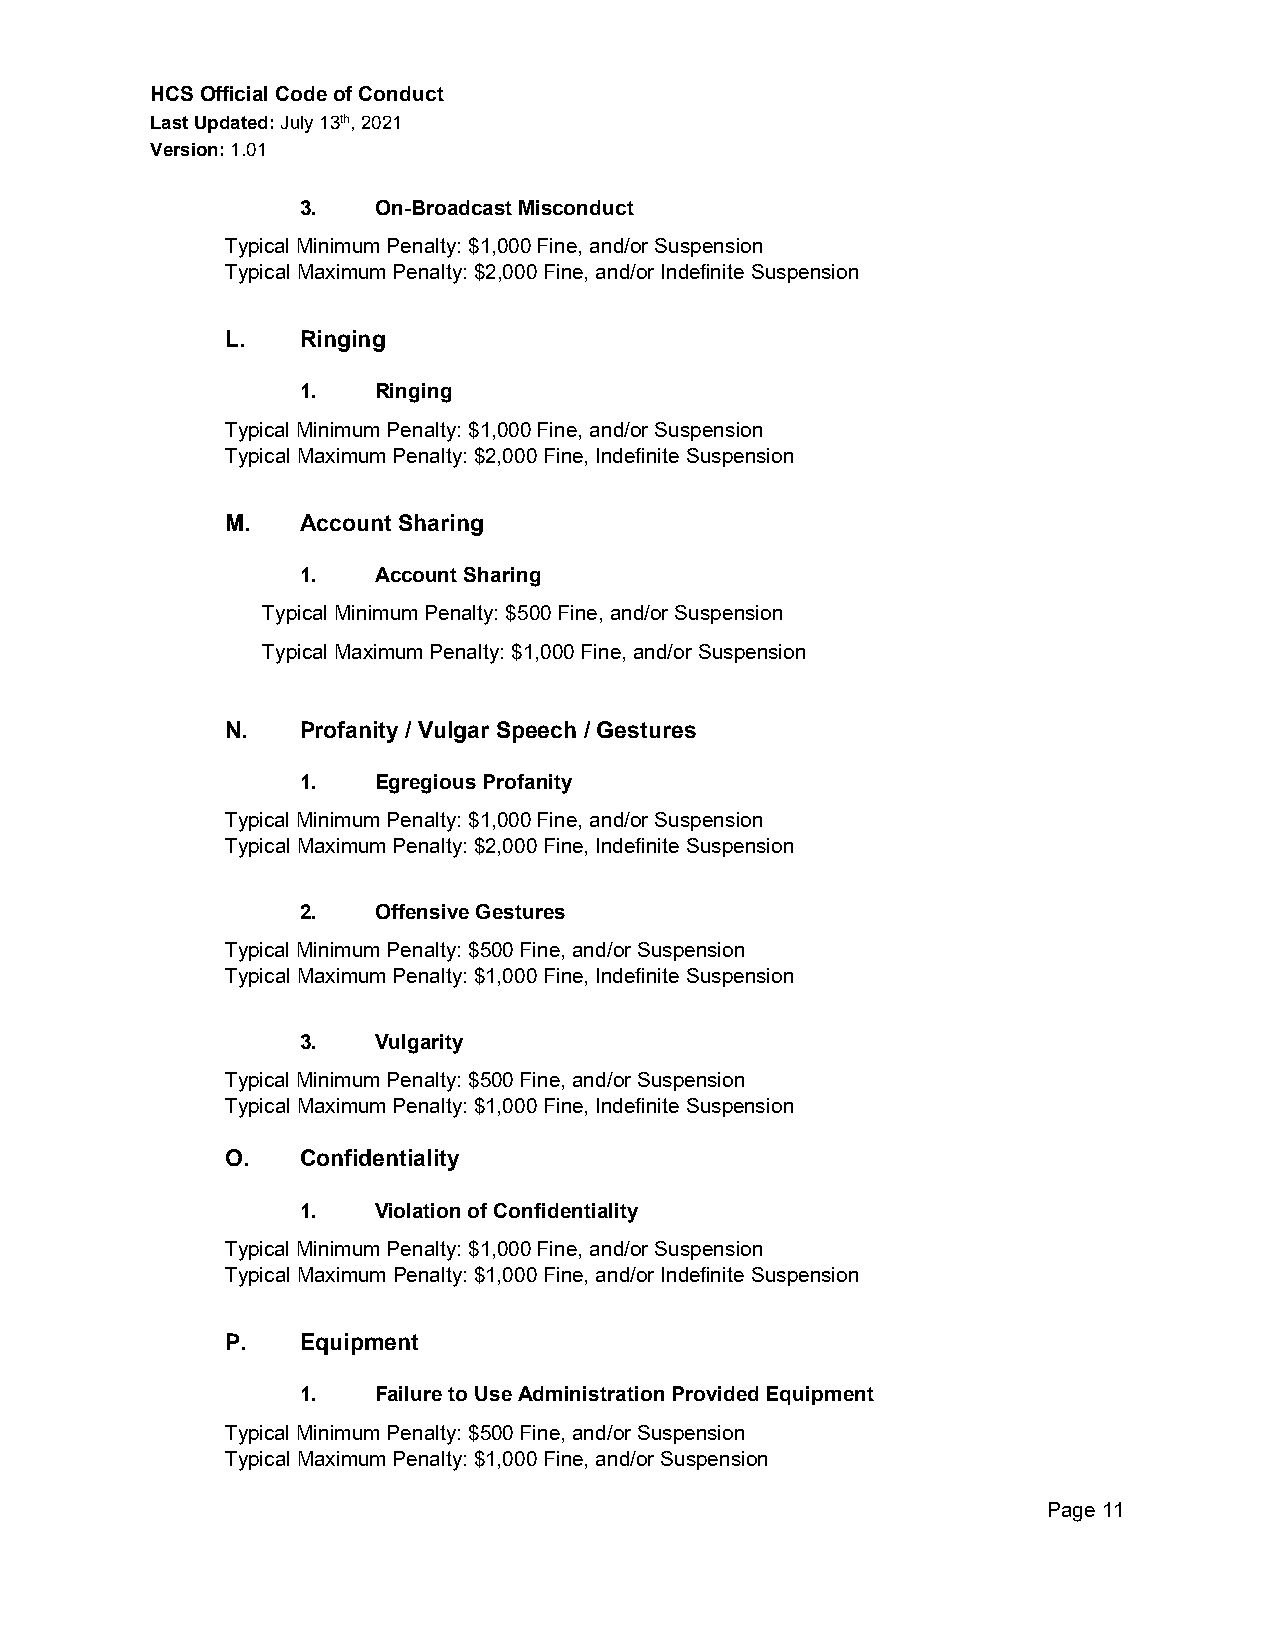
HCS Official Code of Conduct
 Last Updated: July 13th, 2021
 Version: 1.01
 3.   On-Broadcast Misconduct
 Typical Minimum Penalty: $1,000 Fine, and/or Suspension
 Typical Maximum Penalty: $2,000 Fine, and/or Indefinite Suspension
 L.   Ringing
 1.   Ringing
 Typical Minimum Penalty: $1,000 Fine, and/or Suspension
 Typical Maximum Penalty: $2,000 Fine, Indefinite Suspension
 M.   Account Sharing
 1.   Account Sharing
 Typical Minimum Penalty: $500 Fine, and/or Suspension
 Typical Maximum Penalty: $1,000 Fine, and/or Suspension
 N.   Profanity / Vulgar Speech / Gestures
 1.   Egregious Profanity
 Typical Minimum Penalty: $1,000 Fine, and/or Suspension
 Typical Maximum Penalty: $2,000 Fine, Indefinite Suspension
 2.   Offensive Gestures
 Typical Minimum Penalty: $500 Fine, and/or Suspension
 Typical Maximum Penalty: $1,000 Fine, Indefinite Suspension
 3.   Vulgarity
 Typical Minimum Penalty: $500 Fine, and/or Suspension
 Typical Maximum Penalty: $1,000 Fine, Indefinite Suspension
 O.   Confidentiality
 1.   Violation of Confidentiality
 Typical Minimum Penalty: $1,000 Fine, and/or Suspension
 Typical Maximum Penalty: $1,000 Fine, and/or Indefinite Suspension
 P.   Equipment
 1.   Failure to Use Administration Provided Equipment
 Typical Minimum Penalty: $500 Fine, and/or Suspension
 Typical Maximum Penalty: $1,000 Fine, and/or Suspension
 Page 11